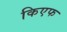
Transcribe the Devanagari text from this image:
किएफ